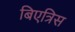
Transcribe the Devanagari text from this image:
बिएत्रिस